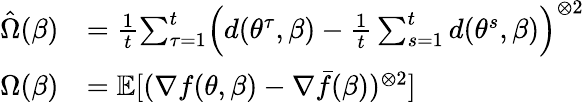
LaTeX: \begin{array}{rl}{\hat{\Omega}(\beta)}&{=\frac{1}{t}{\sum_{\tau=1}^{t}}\Big(d({\theta^{\tau}},\beta)-\frac{1}{t}\sum_{s=1}^{t}d(\theta^{s},\beta)\Big)^{\otimes 2}}\\ {\Omega(\beta)}&{={\mathbb E}[(\nabla f(\theta,\beta)-\nabla{\bar{f}}(\beta))^{\otimes 2}]}\end{array}